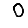
Digit: 0